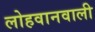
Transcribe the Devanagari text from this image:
लोहवानवाली